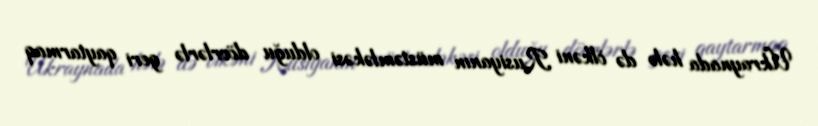
Ukraynada hələ də ölkəni Rusiyanın müstəmləkəsi olduğu dövrlərlə geri qaytarmaq